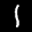
Label: 1